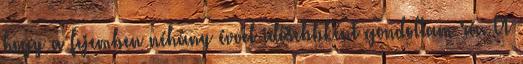
hogy a fejemben néhány évvel idősebbként gondoltam rá. A